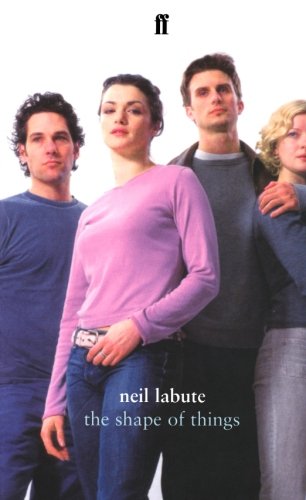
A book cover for The Shape of Things; Neil LaBute; Humor & Entertainment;